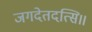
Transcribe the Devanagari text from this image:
जगदेतदत्सि॥